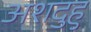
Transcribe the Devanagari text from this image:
अशदुहु